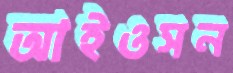
আইওসন